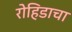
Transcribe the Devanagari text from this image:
रोहिडाचा